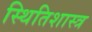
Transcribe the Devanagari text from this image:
स्थितिशास्त्र